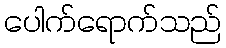
ပေါက်ရောက်သည်